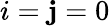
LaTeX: i=\mathbf{j}=0